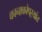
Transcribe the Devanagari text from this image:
कानाकोपऱ्यांत